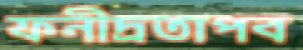
ফনীদ্রতাপব